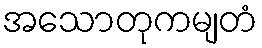
အသောတုကမျတံ